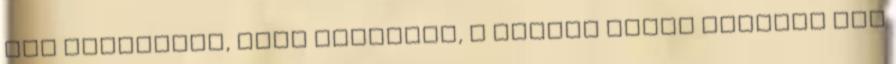
nem akarjátok, hogy kitörjön, a nyakam akkor gyertek már